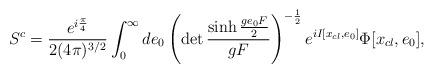
LaTeX: \begin{align*}S^{c}=\frac{e^{i\frac{\pi}{4}}}{2(4\pi)^{3/2}}\int_{0}^{\infty}de_{0}\left(\det\frac{\sinh\frac{ge_{0}F}{2}}{gF}\right)^{-\frac{1}{2}}e^{iI[x_{cl},e_{0}]}\Phi[x_{cl},e_{0}],\end{align*}